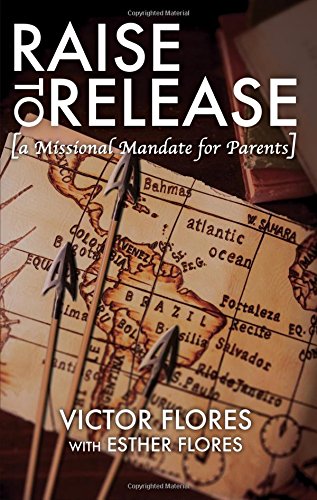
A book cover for Raise to Release: A Missional Mandate for Parents; Victor Flores; Christian Books & Bibles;